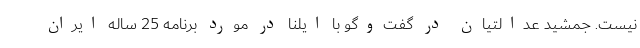
نیست. جمشید عدالتیان در گفت‌وگو با ایلنا در مورد برنامه 25 ساله ایران